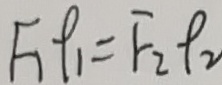
F _ { 1 } \rho _ { 1 } = F _ { 2 } \rho _ { 2 }